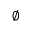
\emptyset